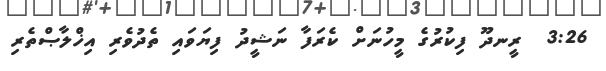
3:26  ރީނދޫ ފިކުރުގެ މީހުނަށް ކެރަފާ ނަޝީދު ފިޔަވައި ތެދުވެރި އިޚްލާޞްތެރި